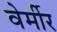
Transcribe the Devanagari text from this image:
वेर्मीर